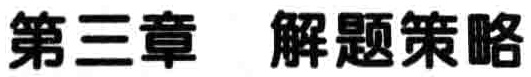
第三章 解题策略